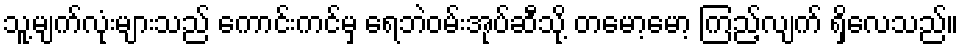
သူ့မျက်လုံးများသည် ကောင်းကင်မှ ရေဘဲဝမ်းအုပ်ဆီသို့ တမော့မော့ ကြည့်လျက် ရှိလေသည်။